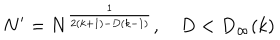
N ^ { \prime } = N ^ { \frac { 1 } { 2 ( k + 1 ) - D ( k - 1 ) } } , \quad D < D _ { \infty } ( k )